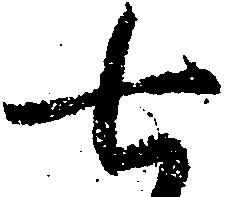
七